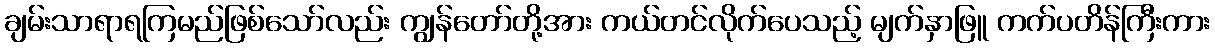
ချမ်းသာရာရကြမည်ဖြစ်သော်လည်း ကျွန်တော်တို့အား ကယ်တင်လိုက်ပေသည့် မျက်နှာဖြူ ကက်ပတိန်ကြီးကား